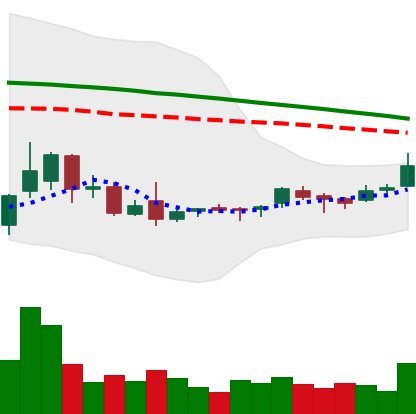
Ticker: ETC-USD
Chart end date: 2018-09-03
Forward return: -21.646%
Label: down_7plus